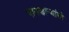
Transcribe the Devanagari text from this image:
पावणार्‍यांची